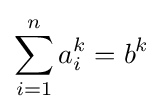
\sum _{i=1}^{n}a_{i}^{k}=b^{k}